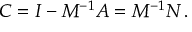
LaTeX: C = I - M ^ { - 1 } A = M ^ { - 1 } N \, .